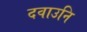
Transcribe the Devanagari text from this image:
दवाउनि